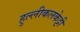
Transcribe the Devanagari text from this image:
हुल्लीकलकेट्टी